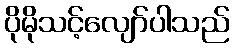
ပိုမိုသင့်လျော်ပါသည်